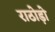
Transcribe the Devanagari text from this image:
राठोड़ो